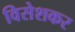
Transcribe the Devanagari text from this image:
विसेशकर